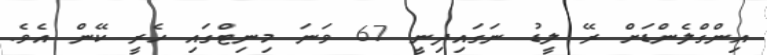
އިންގްލެންޑަށް ރޭ ލީޑު ނަގައިދިނީ 67 ވަނަ މިނިޓްގައި ހެރީ ކޭން އެވެ.